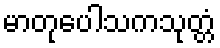
မာတုပေါသကသုတ္တံ